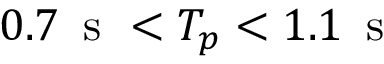
0 . 7 \, \textrm { s } < T _ { p } < 1 . 1 \, \textrm { s }